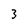
Character: 3